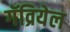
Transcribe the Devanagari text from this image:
गॅव्रियेल